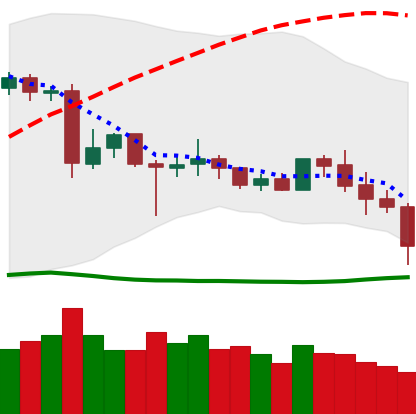
Ticker: XLM-USD
Chart end date: 2020-06-27
Forward return: 8.256%
Label: up_7plus